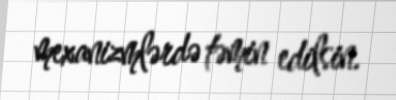
mexanizmlərdə təmin edilsin.